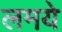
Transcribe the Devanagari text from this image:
लमये